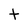
Character: t